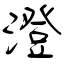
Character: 澄